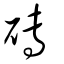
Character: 磚